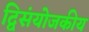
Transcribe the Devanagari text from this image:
द्विसंयोजकीय